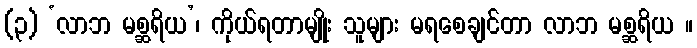
(၃) ‘လာဘ မစ္ဆရိယ’၊ ကိုယ်ရတာမျိုး သူများ မရစေချင်တာ လာဘ မစ္ဆရိယ ။